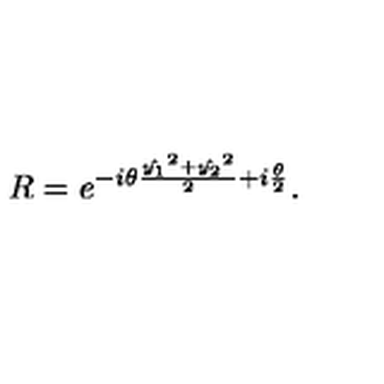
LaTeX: R = e ^ { - i \theta \frac { \hat { y _ { 1 } } ^ { 2 } + \hat { y _ { 2 } } ^ { 2 } } { 2 } + i \frac { \theta } { 2 } } .